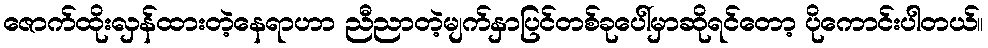
ဇောက်ထိုးလှန်ထားတဲ့နေရာဟာ ညီညာတဲ့မျက်နှာပြင်တစ်ခုပေါ်မှာဆိုရင်တော့ ပိုကောင်းပါတယ်။